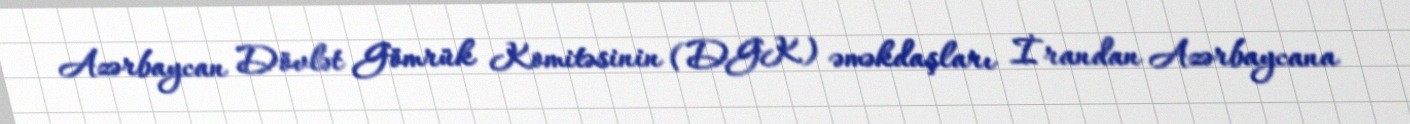
Azərbaycan Dövlət Gömrük Komitəsinin (DGK) əməkdaşları İrandan Azərbaycana